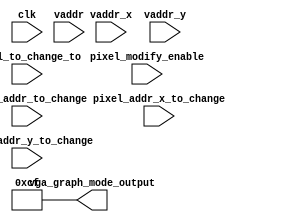
module vga_graph_mode(
           input clk,
           // provider
           input [20: 0] vaddr,
           input [10: 0] vaddr_x,
           input [10: 0] vaddr_y,
           output [11: 0] vga_graph_mode_output,

           // modifier
           input pixel_modify_enable,
           input [20: 0] pixel_addr_to_change,
           input [10: 0] pixel_addr_x_to_change,
           input [10: 0] pixel_addr_y_to_change,
           input [11: 0] pixel_to_change_to
       );

assign vga_graph_mode_output = 12'b000011001111;

endmodule